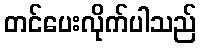
တင်ပေးလိုက်ပါသည်